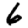
Digit: 6